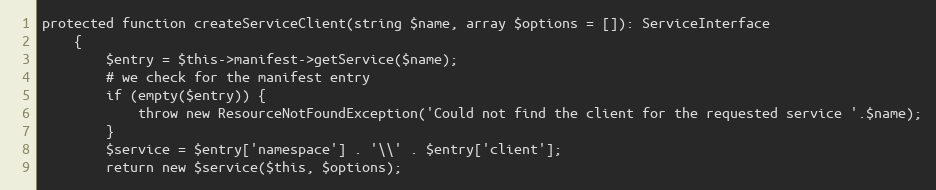
Language: PHP
protected function createServiceClient(string $name, array $options = []): ServiceInterface
    {
        $entry = $this->manifest->getService($name);
        # we check for the manifest entry
        if (empty($entry)) {
            throw new ResourceNotFoundException('Could not find the client for the requested service '.$name);
        }
        $service = $entry['namespace'] . '\\' . $entry['client'];
        return new $service($this, $options);